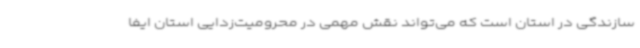
سازندگی در استان است که می‌تواند نقش مهمی در محرومیت‌زدایی استان ایفا